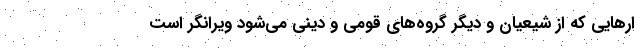
ارهايي كه از شيعيان و ديگر گروه‌هاي قومي و ديني مي‌شود ويرانگر است